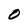
Character: O